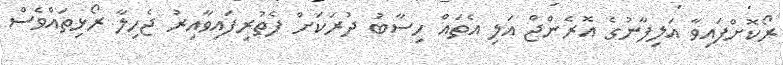
ރޯކޮށްފައިވާ އަލިފާނުގެ އޮރެންޖް އަލި އެތައް ހިސާބު ދުރަކަށް ފެތުރިފައިވާއިރު ޖެހިލާ ރޯޅިތައްވެސް